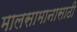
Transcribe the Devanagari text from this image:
मालसामानासाठी